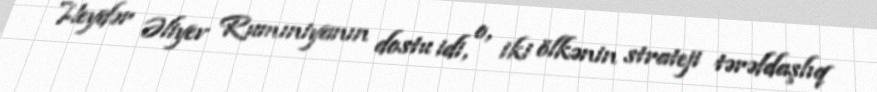
Heydər Əliyev Rumıniyanın dostu idi, o, iki ölkənin strateji tərəfdaşlıq